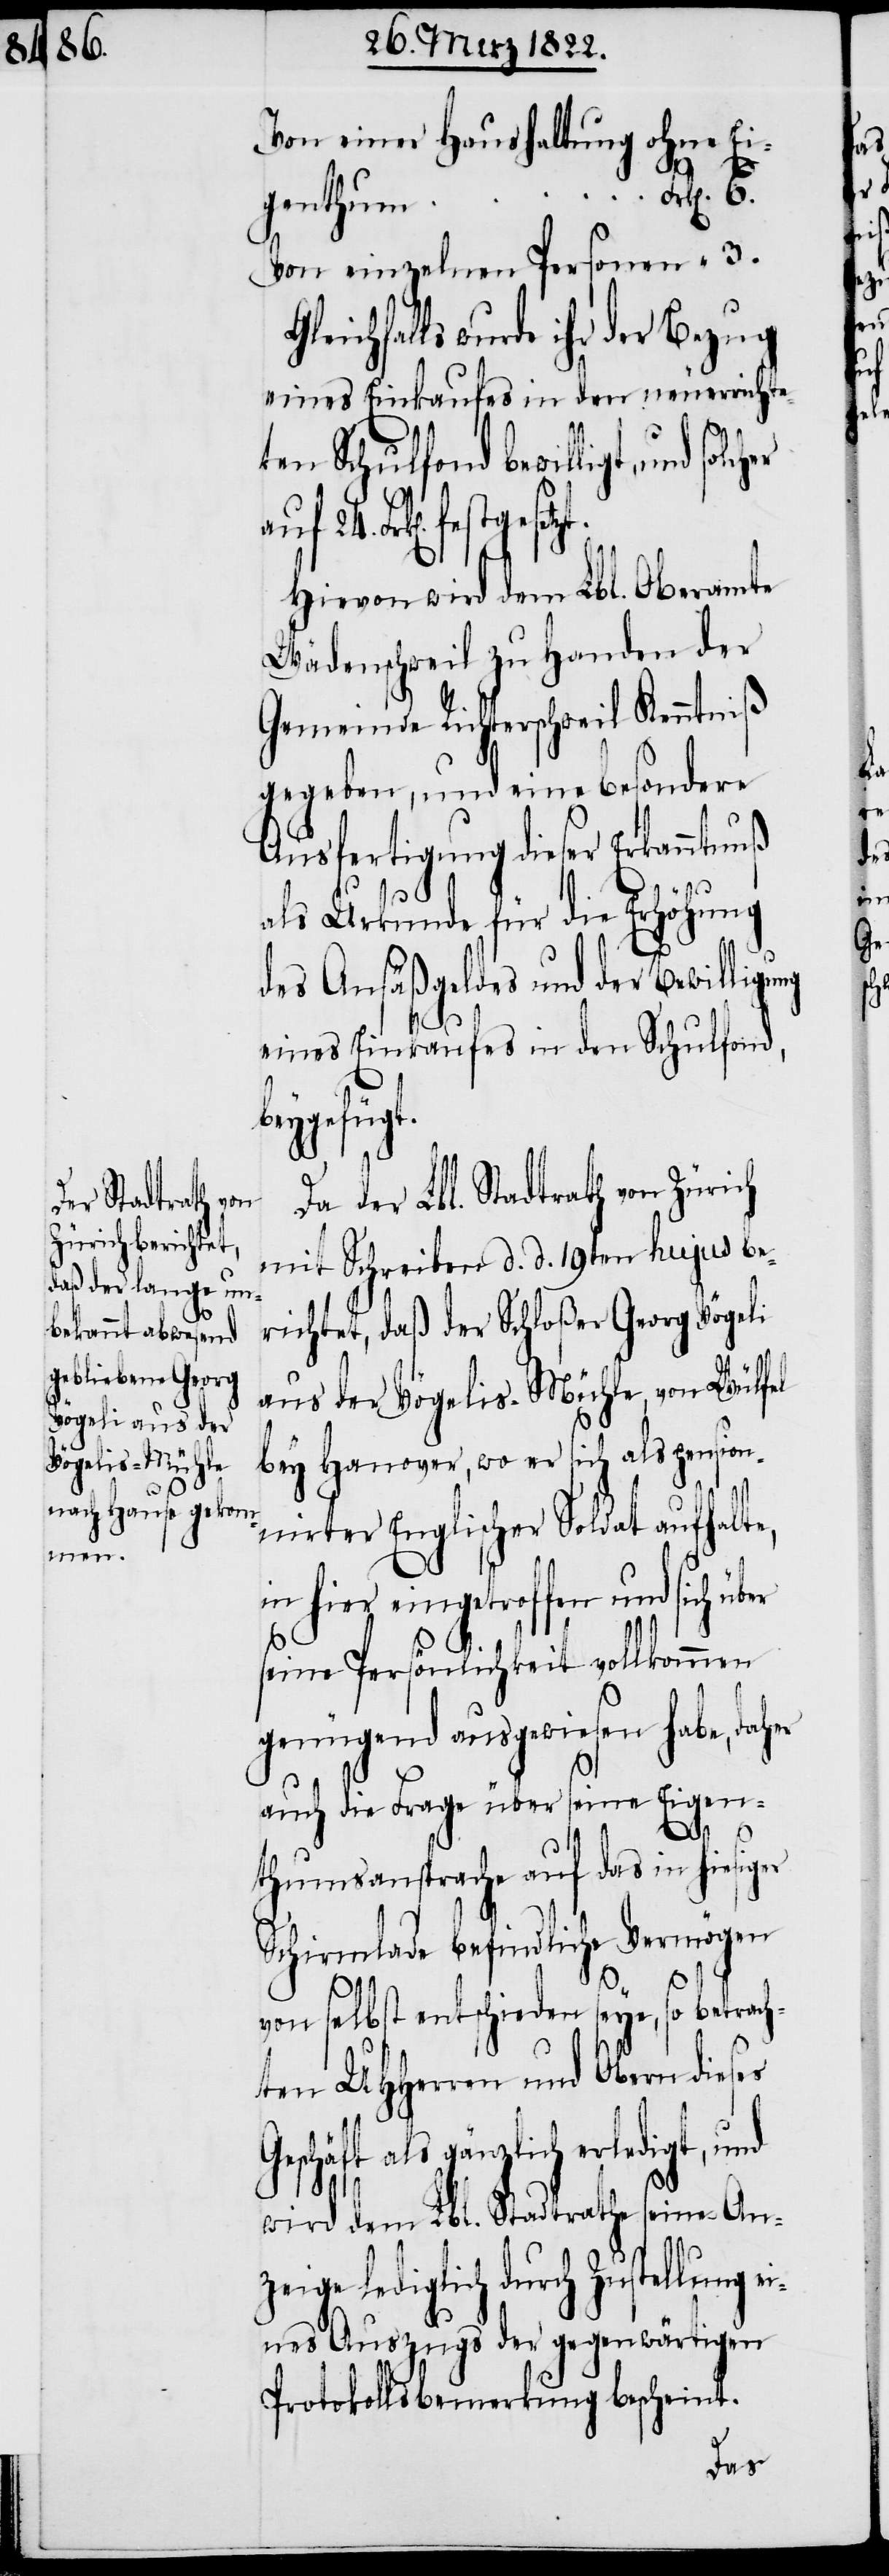
festgesetzt.

Von einer Haushaltung ohne Ei¬
genthum
leichfalls wurde ihr der Bezug
eines Einkaufes in den neuerrichte¬
ten Schulfond bewilligt, und
auf 24. Frk[en].
Hievon wird dem Lbl. Oberamte
Wädenschweil zu Handen der
Gemeinde Richterschweil Kenntniß
gegeben, und eine besondere
Ausfertigung dieser Erkenntnuß
3.
und
als Urkunde für die Erhöhung
des Ansäßgeldes und der Bewilligu¬
eines Einkaufes in den Schulfond
ledigt,
Da der Lbl. Stadtrath Zürich
mit Schreiben d. d. 19ten hujus be¬
richtet, daß der Schloßer Georg Vögeli
aus der Vögelis-Mühle, von Würfel
bey Hanover, wo er sich als pension¬
irter Englischer Soldat aufhalte,
in hier eingetroffen und sich
seine Persönlichkeit vollkommen
genügend ausgewiesen habe, daher
auch die Frage über seine Eigen¬
6.
thumsansprache auf das in hiesiger
Schirmlade befindliche Vermögen
t.
von selbst entschieden seye, so betrach¬
ten UHHerren und Obern dieses
Geschäft als gänzlich er¬
wird dem Lbl. Stadtrathe seine Anz¬
eige lediglich durch Zustellung
eines Auszugs der gegenwärtigen
Protokollsbemerkung bescheint.